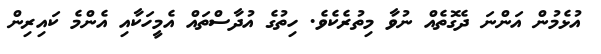
އުޅެމުން އަންނަ ދެގޮތެއް ނުވާ މިތުރެކެވެ. ހިތުގެ އުދާސްތައް އެމީހަކާއި އެންމެ ކައިރިން